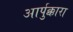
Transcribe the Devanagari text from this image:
आर्पुक्कारा